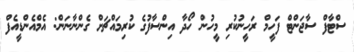
ސްޓާފް ސާޖަންޓް ފަހީމް ރަހީނުކުރި މީހުން ހޯދާ އިންސާފުގެ ކުރިމައްޗަށް ގެންނާނަން: އެމްއެންޑީއެފް